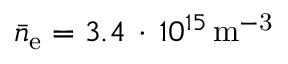
\bar { n } _ { \mathrm { e } } = 3 . 4 \, \cdot \, 1 0 ^ { 1 5 } \, \mathrm { { m } ^ { - 3 } }